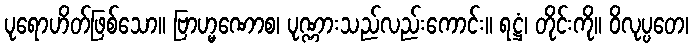
ပုရောဟိတ်ဖြစ်သော။ ဗြာဟ္မဏောစ၊ ပုဏ္ဏားသည်လည်းကောင်း။ ရဋ္ဌံ၊ တိုင်းကို။ ဝိလုပ္ပတေ၊